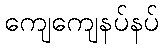
ကျေကျေနပ်နပ်